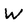
Character: W